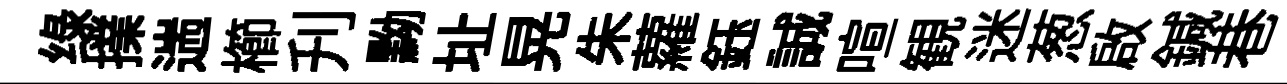
绿擈遄櫛刋黝址晃朱蘿鈺誠喧観迷葱啟鍼巷